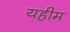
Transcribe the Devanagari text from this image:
यहीम